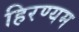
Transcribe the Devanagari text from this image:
हिरण्यम